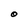
Character: O